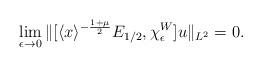
LaTeX: \begin{align*}\lim_{\epsilon\to 0}\|[\langle x\rangle^{-\frac{1+\mu}{2}}E_{1/2},\chi_{\epsilon}^W]u\|_{L^2}=0.\end{align*}